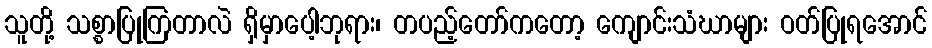
သူတို့ သစ္စာပြုကြတာလဲ ရှိမှာပေါ့ဘုရား၊ တပည့်တော်ကတော့ ကျောင်းသံဃာများ ဝတ်ပြုရအောင်